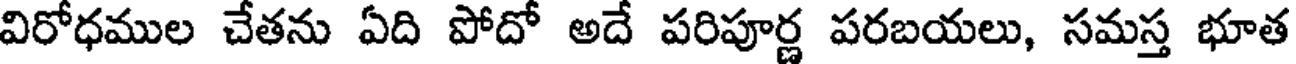
విరోధముల చేతను ఏది పోదో అదే పరిపూర్ణ పరబయలు, సమస్త భూత